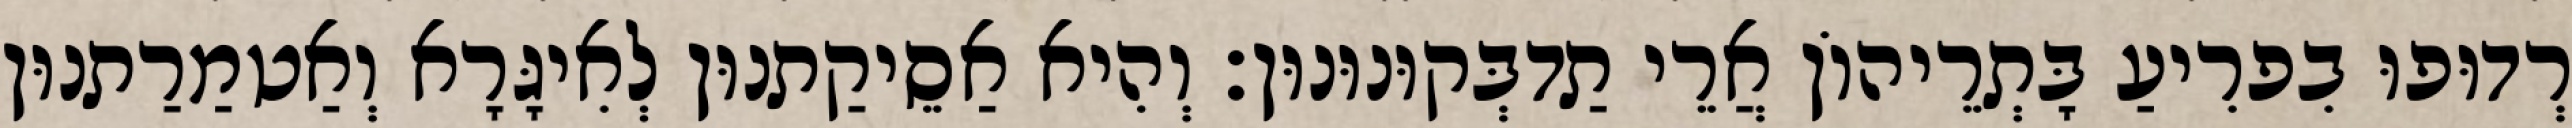
רְדוּפוּ בִפרִיעַ בָּתְרֵיהוֹן אֲרֵי תַדבְּקוּנוּנוּן׃ וְהִיא אַסֵיקַתנוּן לְאִיגָּרָא וְאַטמַרַתנוּן